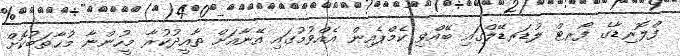
ފްލޮރިޑާގެ ފޯރޓް ލުޑަރޑޭލްގައި ބޭއްވި ކެމްޕެއިން އެއްވުމުގައި އޭނާއަށް ތާއީދުކުރާ މީހުންނާ މުޚާތަބުކޮށް